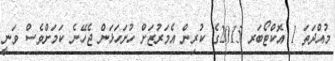
މުއްދަތަ 1 އޮކްޓޯބަރ 2015ގެ ކުރިން އެމަރުޒަށް ހުށަހަޅަން ޖެހޭނެ ކަމަށްވެސް ވަނީ